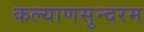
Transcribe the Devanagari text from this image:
कल्याणसुन्दरम